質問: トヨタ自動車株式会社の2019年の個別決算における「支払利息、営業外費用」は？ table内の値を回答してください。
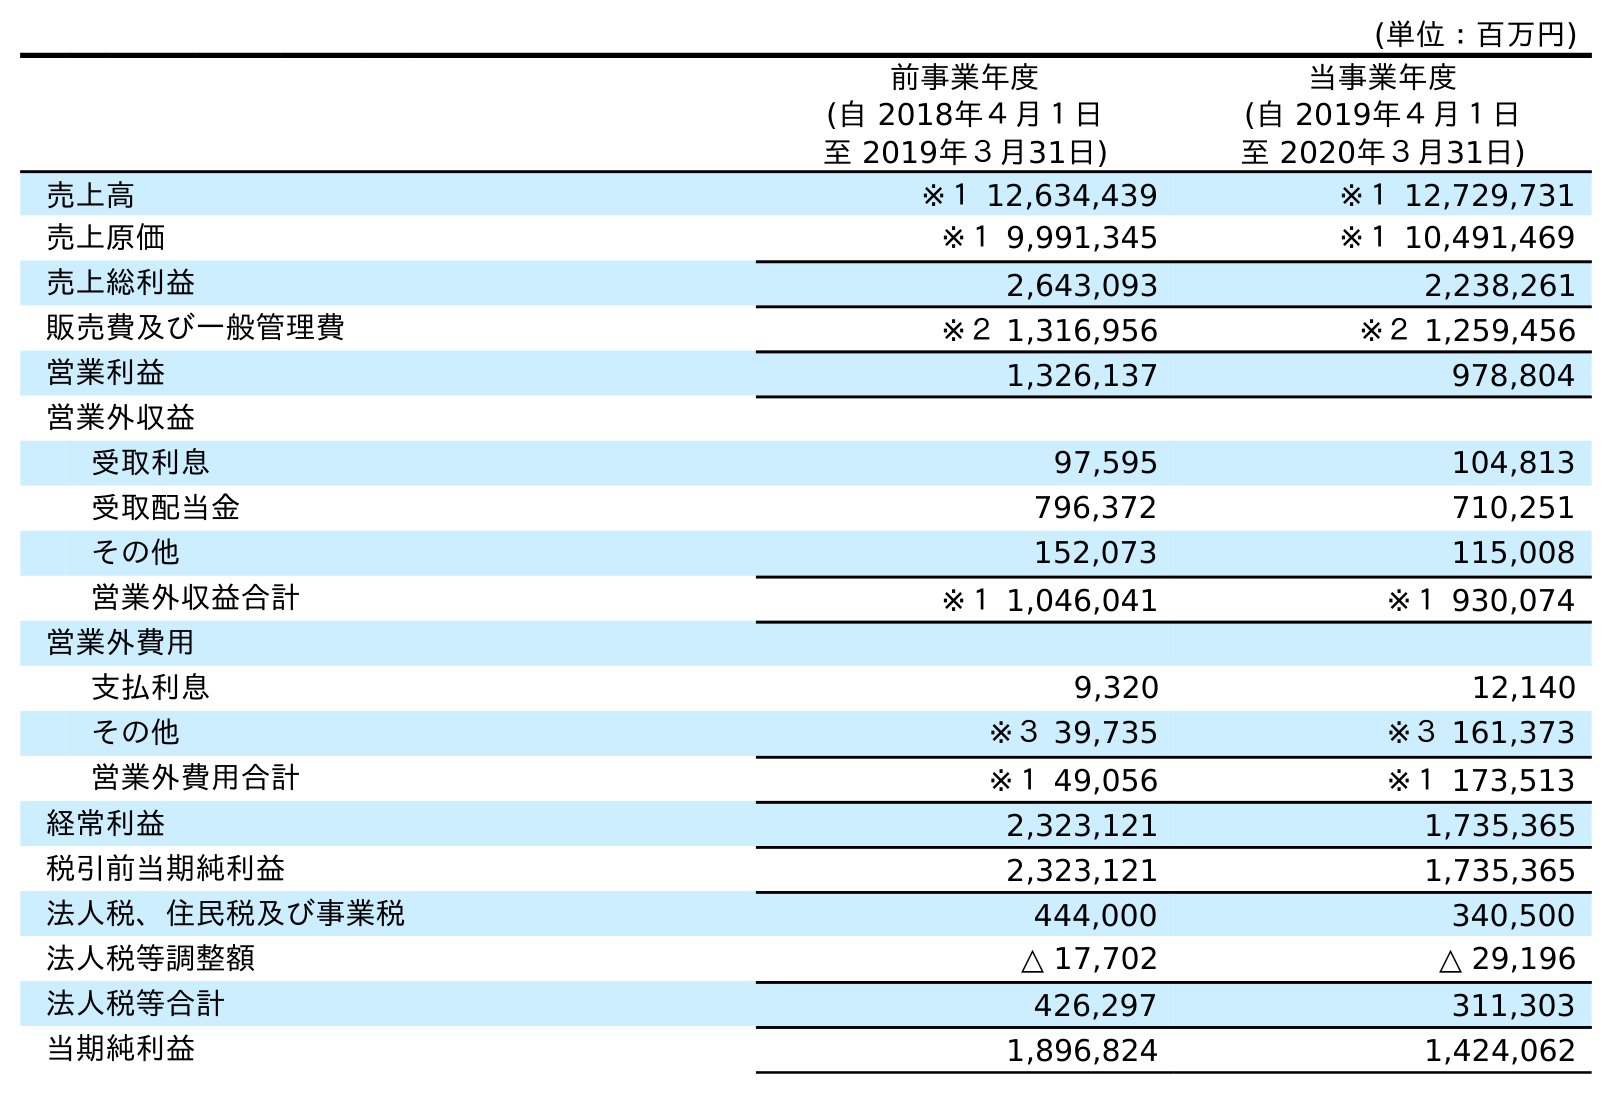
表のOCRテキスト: (単位：百万円) 前事業年度 (自 2018年４月１日 至 2019年３月31日) 当事業年度 (自 2019年４月１日 至 2020年３月31日) 売上高 ※１ 12,634,439 ※１ 12,729,731 売上原価 ※１ 9,991,345 ※１ 10,491,469 売上総利益 2,643,093 2,238,261 販売費及び一般管理費 ※２ 1,316,956 ※２ 1,259,456 営業利益 1,326,137 978,804 営業外収益 受取利息 97,595 104,813 受取配当金 796,372 710,251 その他 152,073 115,008 営業外収益合計 ※１ 1,046,041 ※１ 930,074 営業外費用 支払利息 9,320 12,140 その他 ※３ 39,735 ※３ 161,373 営業外費用合計 ※１ 49,056 ※１ 173,513 経常利益 2,323,121 1,735,365 税引前当期純利益 2,323,121 1,735,365 法人税、住民税及び事業税 444,000 340,500 法人税等調整額 △ 17,702 △ 29,196 法人税等合計 426,297 311,303 当期純利益 1,896,824 1,424,062
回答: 9,320